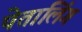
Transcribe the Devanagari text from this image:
पेतालिंग